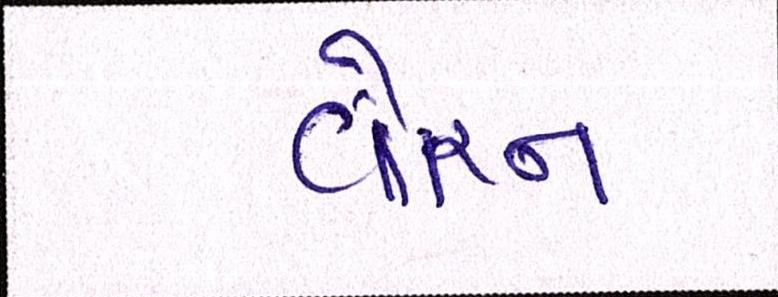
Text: વોરન